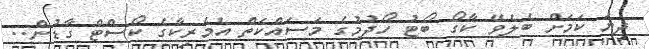
ދިޔަ ކަމަށް ބެލެވޭ ކާގޯ ބޯޓު ހޯދުމުގެ މަަސައްކަތް އެމެރިކާގެ ކޯސްޓް ގާޑުން..